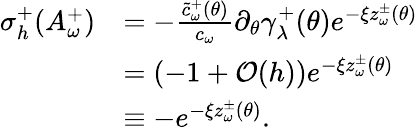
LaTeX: \begin{array}{rl}{\sigma_{h}^{+}(A_{\omega}^{+})}&{=-\frac{\tilde{c}_{\omega}^{+}(\theta)}{c_{\omega}}\partial_{\theta}\gamma_{\lambda}^{+}(\theta)e^{-\xi z_{\omega}^{\pm}(\theta)}}\\ &{=(-1+\mathcal O(h))e^{-\xi z_{\omega}^{\pm}(\theta)}}\\ &{\equiv-e^{-\xi z_{\omega}^{\pm}(\theta)}.}\end{array}